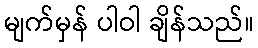
မျက်မှန် ပါဝါ ချိန်သည်။